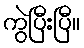
ကွဲပြီးပြီ။